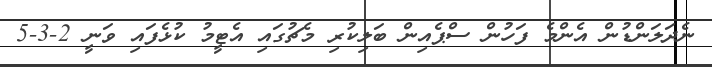
ނެދަލަންޑުން އެންމެ ފަހުން ސްޕެއިން ބަލިކުރި މެޗުގައި އެޓީމު ކުޅެފައި ވަނީ 2-3-5